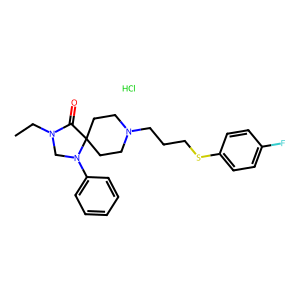
SMILES: CCN1CN(c2ccccc2)C2(CCN(CCCSc3ccc(F)cc3)CC2)C1=O.Cl
Inhibits HIV replication: No